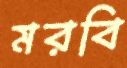
মরবি